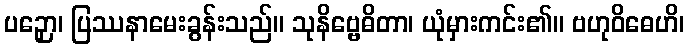
ပဉှော၊ ပြဿနာမေးခွန်းသည်။ သုနိဗ္ဗေဓိတာ၊ ယုံမှားကင်း၏။ ဗဟုဝိဓေဟိ၊